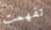
تفهمت